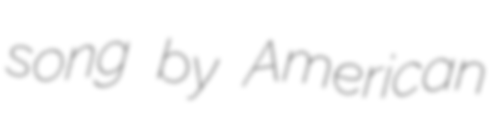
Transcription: song by American